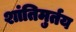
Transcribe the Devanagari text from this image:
शांतिमुर्तय